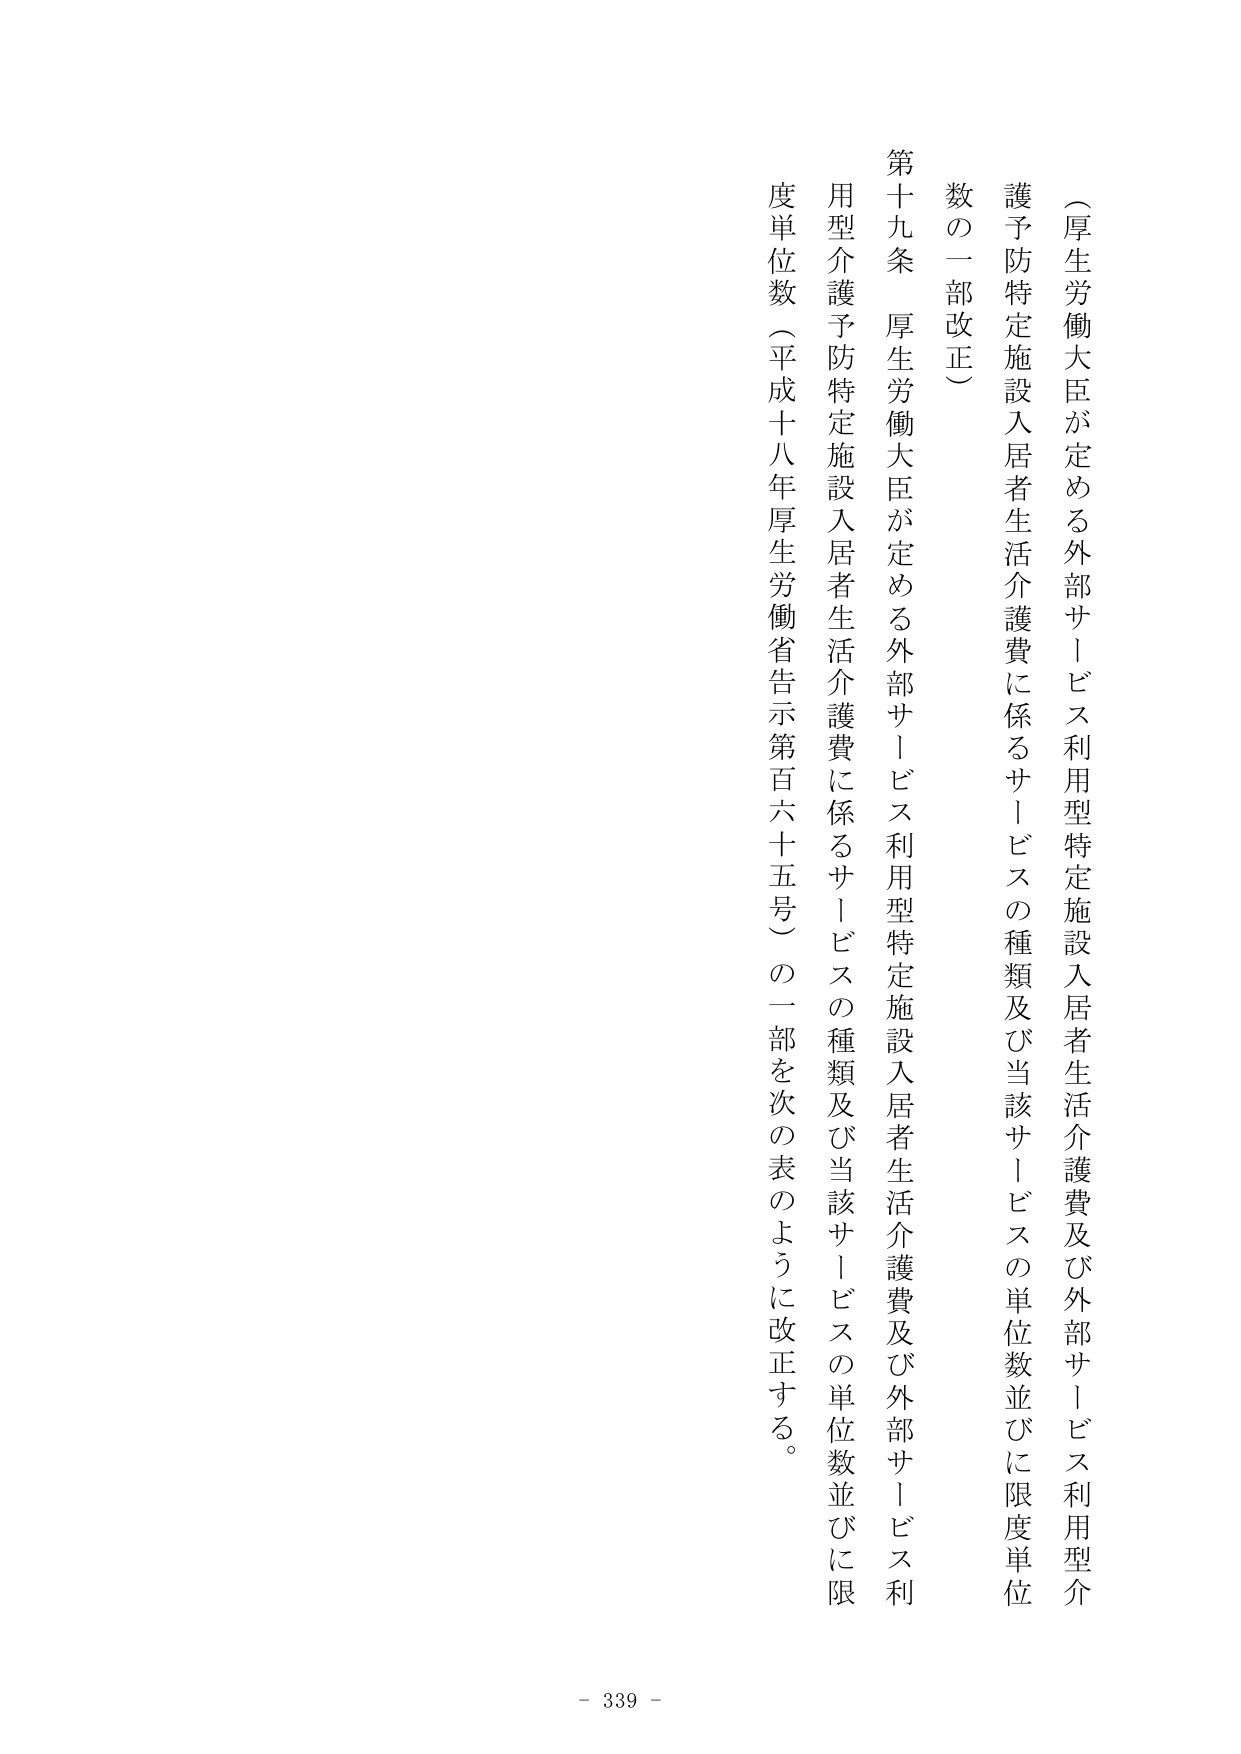
（厚生労働大臣が定める外部サービス利用型特定施設入居者生活介護費及び外部サービス利用型介護予防特定施設入居者生活介護費に係るサービスの種類及び当該サービスの単位数並びに限度単位数の一部改正）

第十九条 厚生労働大臣が定める外部サービス利用型特定施設入居者生活介護費及び外部サービス利用型介護予防特定施設入居者生活介護費に係るサービスの種類及び当該サービスの単位数並びに限度単位数（平成十八年厚生労働省告示第百六十五号）の一部を次の表のように改正する。

- 339 -